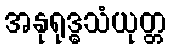
အနုရုဒ္ဓသံယုတ္တ